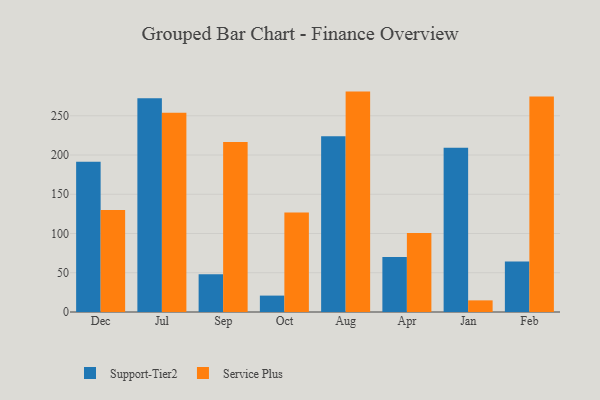
{"axis": {"x": "Month", "y": "Conversion Rate (%)"}, "legend": ["Service Plus", "Support-Tier2"], "data": [{"x": "Dec", "y": 191.5, "type": "Support-Tier2"}, {"x": "Dec", "y": 130.1, "type": "Service Plus"}, {"x": "Jul", "y": 272.3, "type": "Support-Tier2"}, {"x": "Jul", "y": 253.9, "type": "Service Plus"}, {"x": "Sep", "y": 48.2, "type": "Support-Tier2"}, {"x": "Sep", "y": 216.5, "type": "Service Plus"}, {"x": "Oct", "y": 20.9, "type": "Support-Tier2"}, {"x": "Oct", "y": 126.9, "type": "Service Plus"}, {"x": "Aug", "y": 223.8, "type": "Support-Tier2"}, {"x": "Aug", "y": 280.8, "type": "Service Plus"}, {"x": "Apr", "y": 70.1, "type": "Support-Tier2"}, {"x": "Apr", "y": 100.6, "type": "Service Plus"}, {"x": "Jan", "y": 209.2, "type": "Support-Tier2"}, {"x": "Jan", "y": 14.8, "type": "Service Plus"}, {"x": "Feb", "y": 64.4, "type": "Support-Tier2"}, {"x": "Feb", "y": 274.6, "type": "Service Plus"}]}